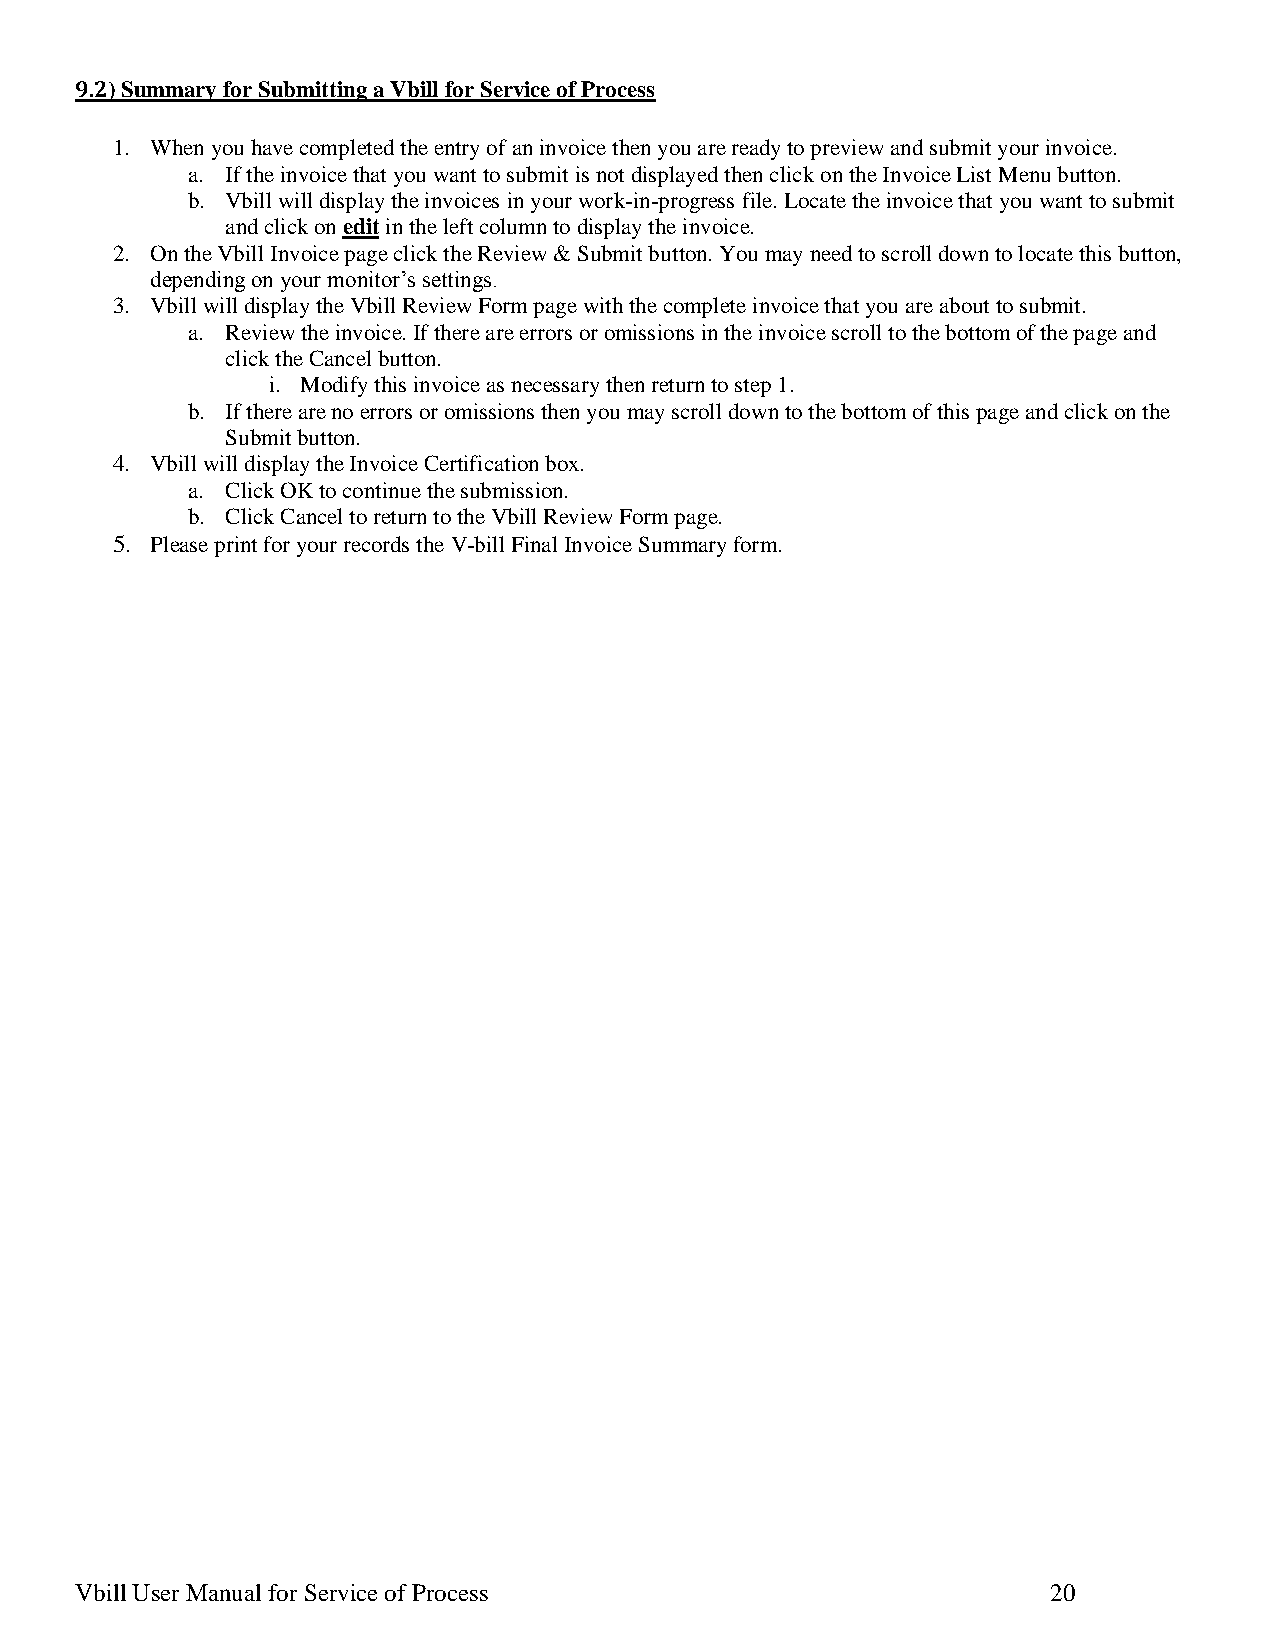
9.2) Summary for Submitting a Vbill for Service of Process
 1. When you have completed the entry of an invoice then you are ready to preview and submit your invoice.
 a. If the invoice that you want to submit is not displayed then click on the Invoice List Menu button.
 b. Vbill will display the invoices in your work-in-progress file. Locate the invoice that you want to submit
 and click on edit in the left column to display the invoice.
 2. On the Vbill Invoice page click the Review & Submit button. You may need to scroll down to locate this button,
 depending on your monitor’s settings.
 3. Vbill will display the Vbill Review Form page with the complete invoice that you are about to submit.
 a. Review the invoice. If there are errors or omissions in the invoice scroll to the bottom of the page and
 click the Cancel button.
 i. Modify this invoice as necessary then return to step 1.
 b. If there are no errors or omissions then you may scroll down to the bottom of this page and click on the
 Submit button.
 4. Vbill will display the Invoice Certification box.
 a. Click OK to continue the submission.
 b. Click Cancel to return to the Vbill Review Form page.
 5. Please print for your records the V-bill Final Invoice Summary form.
 Vbill User Manual for Service of Process                         20